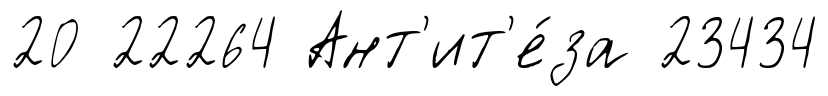
20 22264 Ант'ит'е́за 23434